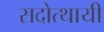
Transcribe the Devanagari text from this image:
सदोत्थायी